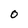
Character: 0